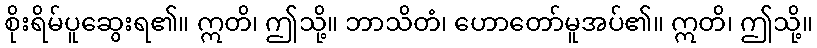
စိုးရိမ်ပူဆွေးရ၏။ ဣတိ၊ ဤသို့။ ဘာသိတံ၊ ဟောတော်မူအပ်၏။ ဣတိ၊ ဤသို့။